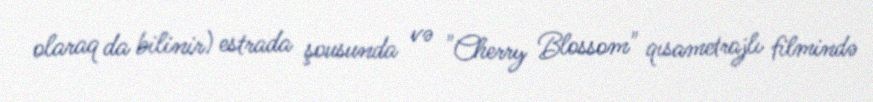
olaraq da bilinir) estrada şousunda və "Cherry Blossom" qısametrajlı filmində